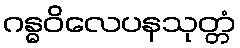
ဂန္ဓဝိလေပနသုတ္တံ